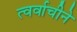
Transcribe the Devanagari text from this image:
त्वर्वाचीने